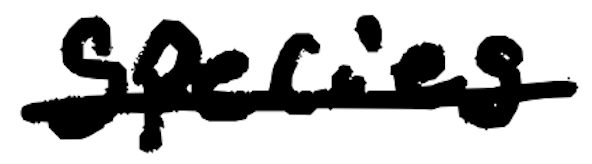
Text: species
Cross-out: single-line
Writing tool: digital_black